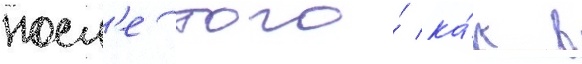
посл'е того́ ка́к в